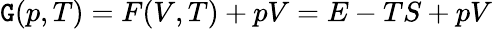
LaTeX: \mathtt{G}(p,T)=F(V,T)+pV=E-TS+pV